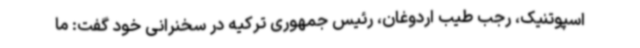
اسپوتنیک، رجب طیب اردوغان، رئیس جمهوری ترکیه در سخنرانی خود گفت: ما